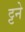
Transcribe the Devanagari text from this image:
ट्टने